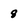
Character: 8